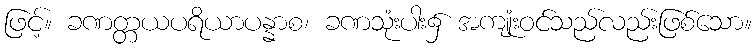
ဖြင့်။ ခဏတ္တယပရိယာပန္နာစ၊ ခဏသုံးပါး၌ အကျုံးဝင်သည်လည်းဖြစ်သော။